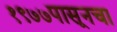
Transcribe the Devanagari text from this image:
१९७७पासूनचा